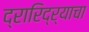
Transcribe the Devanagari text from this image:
द्रारिद्‌र्‍याचा